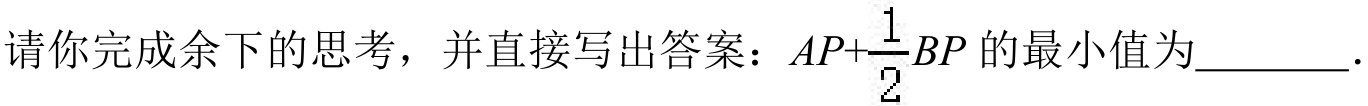
请你完成余下的思考，并直接写出答案：\(AP+\frac{1}{2}BP\) 的最小值为  ．